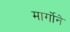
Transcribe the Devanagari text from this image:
मार्गोने